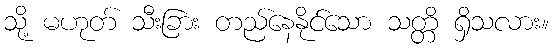
သို့ မဟုတ် သီးခြား တည်နေနိုင်သော သတ္တိ ရှိသလား။